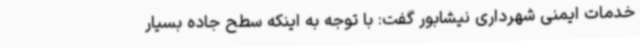
خدمات ایمنی شهرداری نیشابور گفت: با توجه به اینکه سطح جاده بسیار